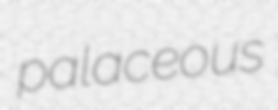
palaceous